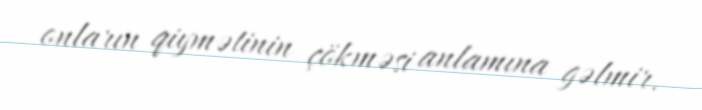
onların qiymətinin çökməsi anlamına gəlmir.